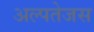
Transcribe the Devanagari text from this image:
अल्पतेजस